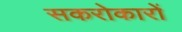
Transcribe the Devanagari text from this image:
सकरोकारों